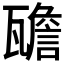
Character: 𱰒